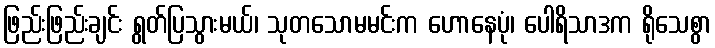
ဖြည်းဖြည်းချင်း ရွတ်ပြသွားမယ်၊ သုတသောမမင်းက ဟောနေပုံ၊ ပေါရိသာဒက ရိုသေစွာ